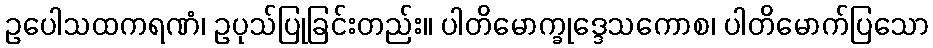
ဥပေါသထကရဏံ၊ ဥပုသ်ပြုခြင်းတည်း။ ပါတိမောက္ခုဒ္ဒေသကောစ၊ ပါတိမောက်ပြသော